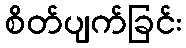
စိတ်ပျက်ခြင်း